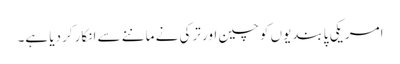
امریکی پابندیوں کو چین اور ترکی نے ماننے سے انکار کردیا ہے۔